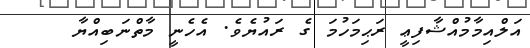
އަލްއިމާމުއްޝާފިޢީ ރަޙިމަހުމަ ގެ ރައުޔެވެ. އެހެނީ މާތްނަބިއްޔާ